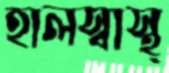
হালস্বাস্থ্